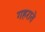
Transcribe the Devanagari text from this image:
गहराते